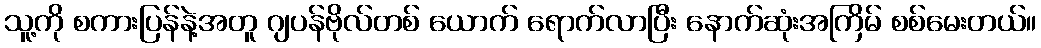
သူ့ကို စကားပြန်နဲ့အတူ ဂျပန်ဗိုလ်တစ် ယောက် ရောက်လာပြီး နောက်ဆုံးအကြိမ် စစ်မေးတယ်။